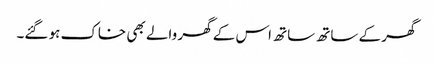
گھر کے ساتھ ساتھ اس کے گھر والے بھی خاک ہو گئے۔